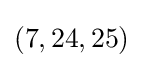
(7,24,25)